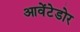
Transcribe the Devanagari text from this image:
आवेंटेडोर